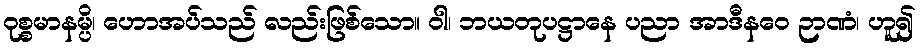
ဝုစ္စမာနမ္ပိ၊ ဟောအပ်သည် လည်းဖြစ်သော။ ဝါ၊ ဘယတုပဋ္ဌာနေ ပညာ အာဒီနဝေ ဉာဏံ၊ ဟူ၍